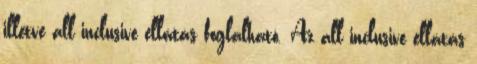
illetve all inclusive ellátás foglalható. Az all inclusive ellátás